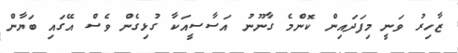
ޒާހިރު ވަނީ މިފަދައިން ކޮންމެ ގާނޫނު އަސާސީއަކާ ގުޅިގެން ވެސް އޭގައި ބަޔާން